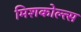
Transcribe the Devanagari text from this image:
मिशकोल्त्स